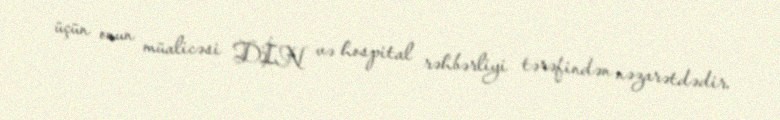
üçün onun müalicəsi DİN və hospital rəhbərliyi tərəfindən nəzarətdədir.